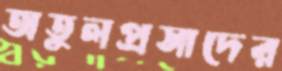
অতুলপ্রসাদের